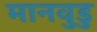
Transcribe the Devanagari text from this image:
मानवुडु